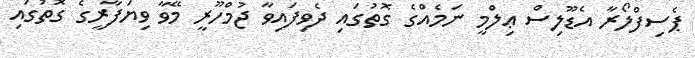
ޕެސިފްލޯރާ އެޑޫލިސް ޢިލްމީ ނަމެއްގެ ގޮތުގައި ދެވިފައިވާ ޖުމްހޫރީ މޭވާ ވިޔަފާރީގެ ގޮތުގައި